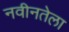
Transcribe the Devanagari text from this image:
नवीनतेला